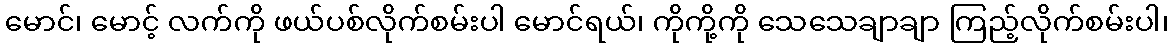
မောင်၊ မောင့် လက်ကို ဖယ်ပစ်လိုက်စမ်းပါ မောင်ရယ်၊ ကိုကို့ကို သေသေချာချာ ကြည့်လိုက်စမ်းပါ၊